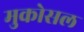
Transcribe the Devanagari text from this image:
मुकोसल